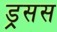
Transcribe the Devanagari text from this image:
ड्रसस